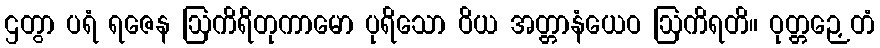
ဌတွာ ပရံ ရဇေန ဩကိရိတုကာမော ပုရိသော ဝိယ အတ္တာနံယေဝ ဩကိရတိ။ ဝုတ္တဉှေတံ